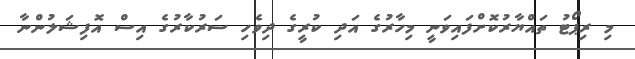
މި ރިޕޯޓު ތައްޔާރުކޮށްފައިވަނީ މިހާރުގެ އަދި ކުރީގެ ދިވެހި ސަރުކާރުގެ އިސް އޮފިޝަލުންނާ